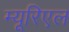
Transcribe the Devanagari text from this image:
म्यूरिएल